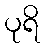
ပုရိ